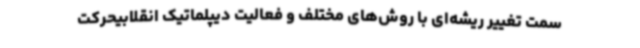
سمت تغییر ریشه‌ای با روش‌های مختلف و فعالیت دیپلماتیک انقلابیحرکت